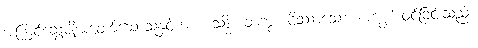
အကြင်ဆွေမျိုးမတော်သောသူနှင့်ကား။ သဒ္ဓိံ၊ တကွ။ ဝိဿာသော၊ အကျွမ်းဝင်ခြင်းသည်။